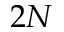
2 N